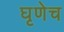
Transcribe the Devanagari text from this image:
घृणेच